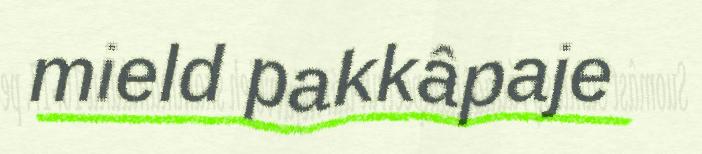
mield pakkâpaje